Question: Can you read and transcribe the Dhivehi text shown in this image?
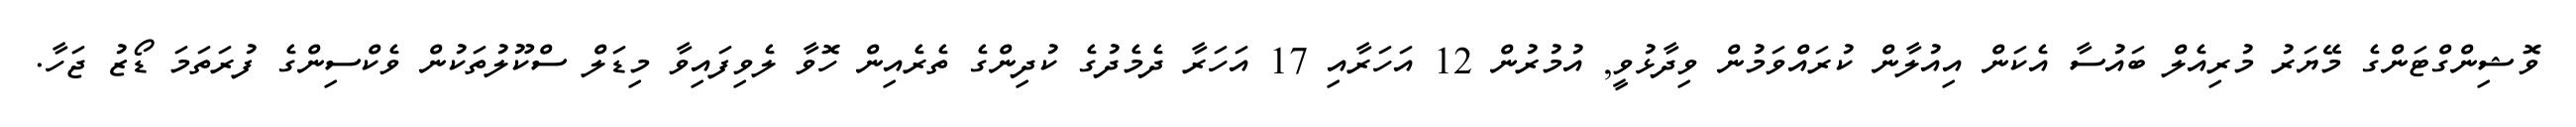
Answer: ވޮޝިންގްޓަންގެ މޭޔަރު މުރިއެލް ބައުސާ އެކަން އިއުލާން ކުރައްވަމުން ވިދާޅުވީ, އުމުރުން 12 އަހަރާއި 17 އަހަރާ ދެމެދުގެ ކުދިންގެ ތެރެއިން ހޮވާ ލެވިފައިވާ މިޑަލް ސްކޫލުތަކުން ވެކްސިންގެ ފުރަތަމަ ޑޯޒު ޖަހާ.